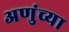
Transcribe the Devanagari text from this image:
अणुंच्या